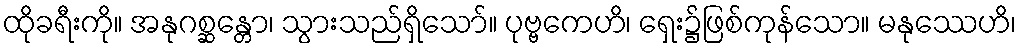
ထိုခရီးကို။ အနုဂစ္ဆန္တော၊ သွားသည်ရှိသော်။ ပုဗ္ဗကေဟိ၊ ရှေး၌ဖြစ်ကုန်သော။ မနုဿေဟိ၊